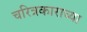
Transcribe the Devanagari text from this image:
चरित्रकाराच्या